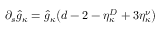
\partial _ { s } \hat { g } _ { \kappa } = \hat { g } _ { \kappa } \big ( d - 2 - \eta _ { \kappa } ^ { D } + 3 \eta _ { \kappa } ^ { \nu } \big )